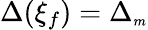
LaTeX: \Delta(\xi_{f})=\Delta_{{\scriptscriptstyle m}}